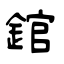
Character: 錧